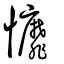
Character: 戂